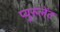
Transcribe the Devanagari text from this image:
प्युरुलेंट